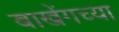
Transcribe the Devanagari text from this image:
बाखेंगच्या